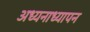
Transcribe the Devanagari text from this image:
अध्यनाध्यापन